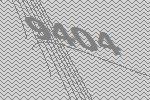
9404